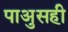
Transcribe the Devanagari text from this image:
पाअुसही